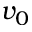
v _ { 0 }